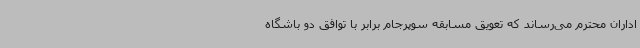
اداران محترم می‌رساند که تعویق مسابقه سوپرجام برابر با توافق دو باشگاه